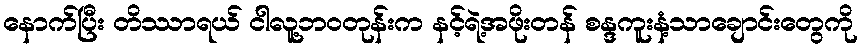
နောက်ပြီး တိဿာရယ် ငါလူ့ဘဝတုန်းက နင့်ရဲ့အဖိုးတန် စန္ဒကူးနံ့သာချောင်းတွေကို